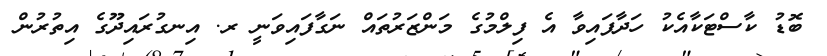
ބޮޑު ކާސްޓަކާއެކު ހަދާފައިވާ އެ ފިލްމުގެ މަންޒަރުތައް ނަގާފައިވަނީ ރ. އިނގުރައިދޫގެ އިތުރުން